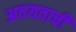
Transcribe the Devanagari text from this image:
अवयवाची